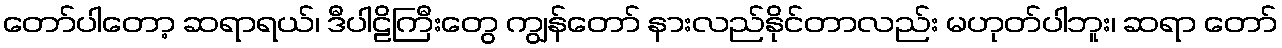
တော်ပါတော့ ဆရာရယ်၊ ဒီပါဠိကြီးတွေ ကျွန်တော် နားလည်နိုင်တာလည်း မဟုတ်ပါဘူး၊ ဆရာ တော်